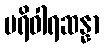
ပရိဝါရဆန္နာ